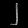
Digit: ၂